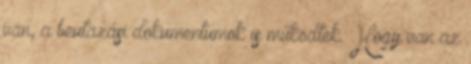
van, a beutazási dokumentumok is működtek. Hogy van az